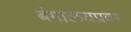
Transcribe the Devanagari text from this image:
बंगालयप्रवर